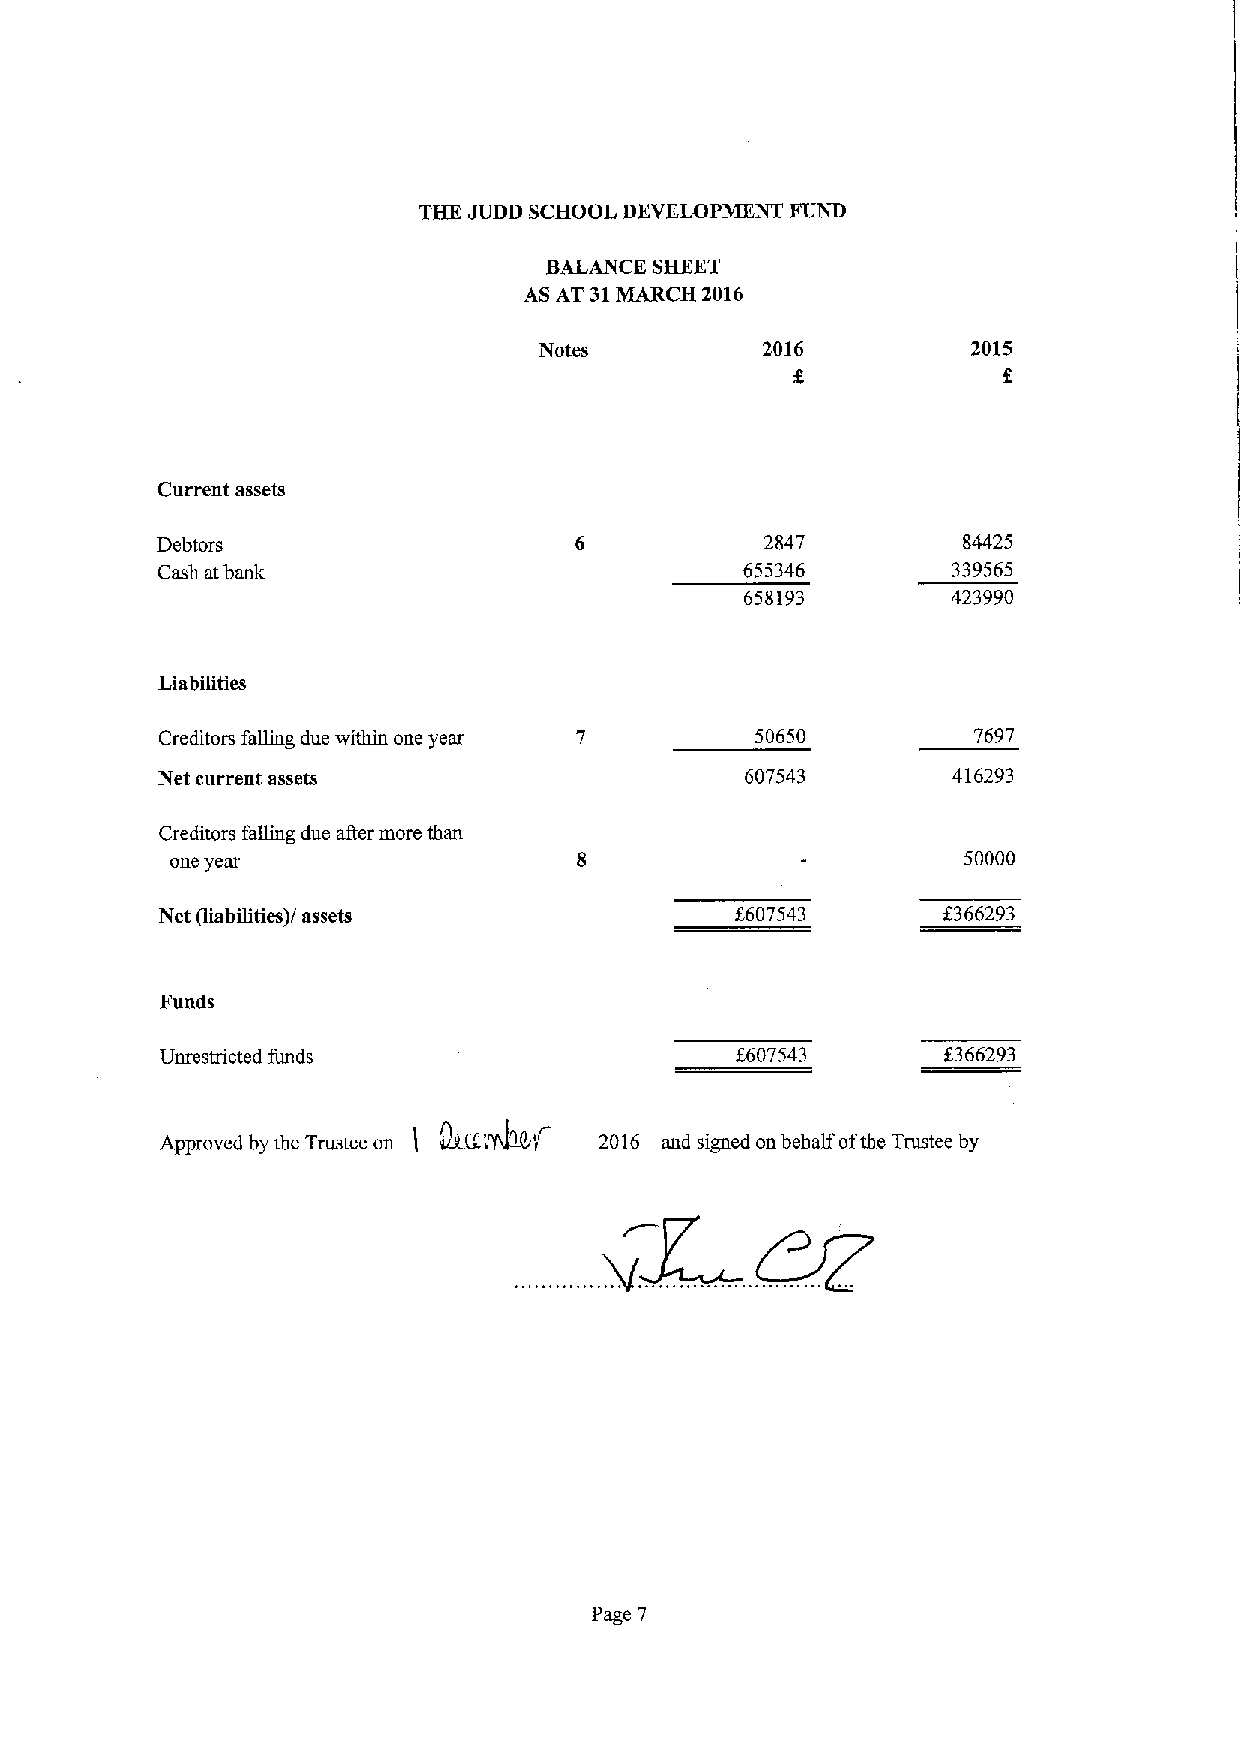
THE JUDD SCHOOL DEVELOPMENT FUND
 BALANCE SHEET
 AS AT 31MARCH 2016
 Notes         2016          2015
 Current assets
 Debtors                                  2847         84425
 Cash atbank                            655346        339565
 658193        423990
 Liabilities
 Creditors falling due within one year  50650          7697
 Net current assets                     607543        416293
 Creditors falling due after more than
 one year                                             50000
 Net (liabilities)/ assets             8607543      f366293
 Funds
 Unrestricted funds                    8607543       f366293
 Approved by the Trustee on I trLir "lVI341 2016 and signed on behalf ofthe Trustee by
 Page 7